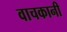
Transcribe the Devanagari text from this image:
वाचकानी